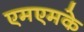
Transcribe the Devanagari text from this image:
एमएमके